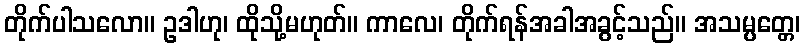
တိုက်ပါသလော။ ဥဒါဟု၊ ထိုသို့မဟုတ်။ ကာလေ၊ တိုက်ရန်အခါအခွင့်သည်။ အသမ္ပတ္တေ၊